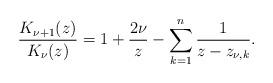
LaTeX: \begin{align*}\dfrac{K_{\nu+1}(z)}{K_\nu(z)}=1+\dfrac{2\nu}{z}-\sum_{k=1}^n\dfrac{1}{z-z_{\nu,k}}.\end{align*}